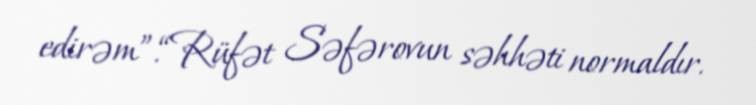
edirəm”.“Rüfət Səfərovun səhhəti normaldır.